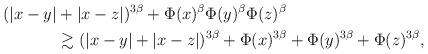
LaTeX: \begin{align*}(|x-y|&+|x-z|)^{3\beta}+ \Phi(x)^\beta \Phi(y)^\beta \Phi(z)^\beta \\& \gtrsim (|x-y|+|x-z|)^{3\beta}+ \Phi(x)^{3\beta} +\Phi(y)^{3\beta} +\Phi(z)^{3\beta},\end{align*}